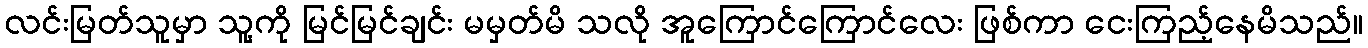
လင်းမြတ်သူမှာ သူ့ကို မြင်မြင်ချင်း မမှတ်မိ သလို အူကြောင်ကြောင်လေး ဖြစ်ကာ ငေးကြည့်နေမိသည်။